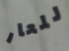
للعار